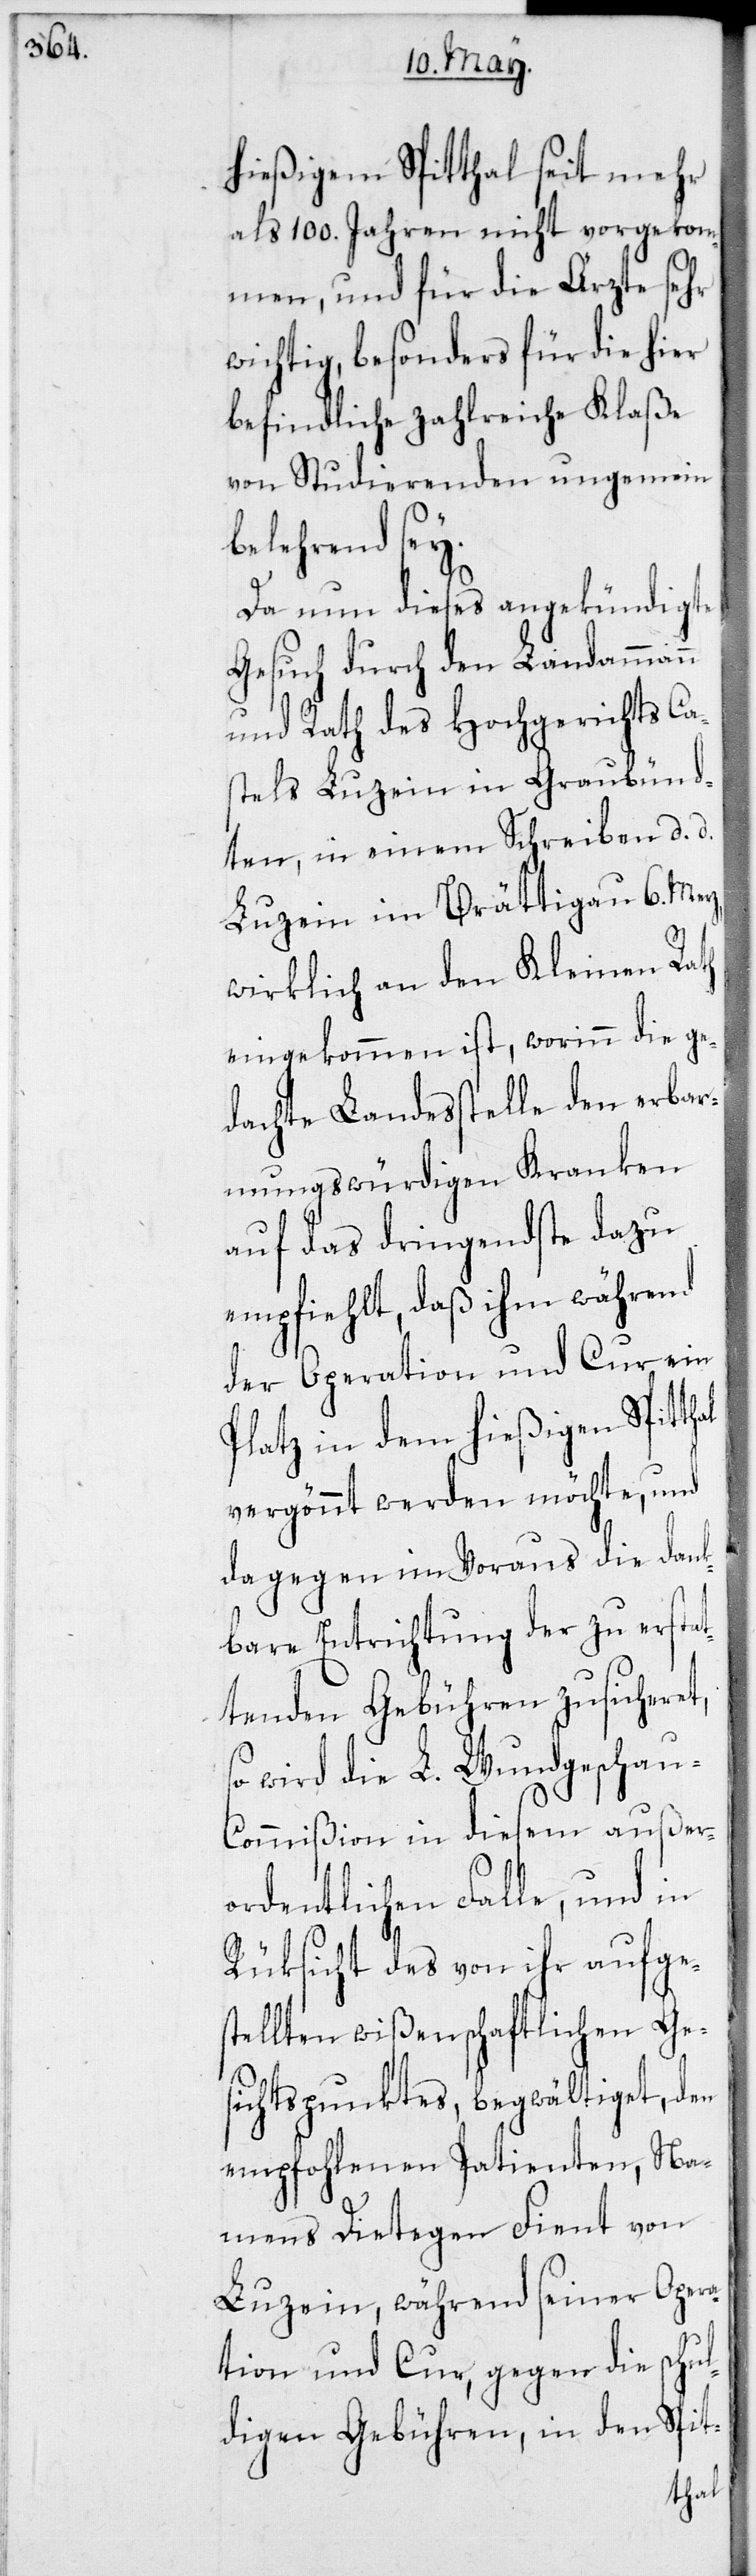
hießigem Spitthal seit mehr
als 100. Jahren nicht vorgekom¬
men, und für die Ärzte sehr
wichtig, besonders für die hier
befindliche zahlreiche Klaße
von Studierenden ungemein
belehrend sey.
Da nun dieses angekündigte
Gesuch durch den Landammann
und Rath des Hochgerichts Ca¬
ten, in einem Schreiben d. d.
Luzein im Brättigau 6. Merz,
wirklich an den Kleinen Rath
eingekommen ist, worinn die ge¬
dachte Landesstelle den erbar¬
mungswürdigen Kranken
auf das dringendste dazu
empfiehlt, daß ihm während
der Operation und Cur ein
Platz in dem hießigen Spit¬
vergönnt werden möchte, und
dagegen im Voraus die dank¬
bare Entrichtung der zu erstat¬
tenden Gebühren zusicheret,
wird die L. Wundgschau-C¬
ommißion in diesem außer¬
ordentlichen Falle, und in
Rüksicht des von ihr aufges¬
tellten wißenschaftlichen Ges¬
ichtspunktes, begwältiget, den
empfohlenen Patienten, Na¬
mens Dietegen Fient von
Luzein, während seiner Opera¬
tion und Cur, gegen die schul¬
digen Gebühren, in den Spit-
thal